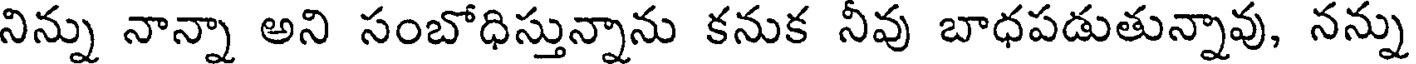
నిన్ను నాన్నా అని సంబోధిస్తున్నాను కనుక నీవు బాధపడుతున్నావు, నన్ను